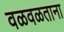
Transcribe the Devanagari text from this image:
वळवळताना